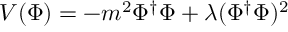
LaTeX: V ( \Phi ) = - m ^ { 2 } \Phi ^ { \dag } \Phi + \lambda ( \Phi ^ { \dag } \Phi ) ^ { 2 }